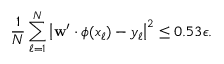
\frac { 1 } { N } \sum _ { \ell = 1 } ^ { N } \left| \mathbf { w } ^ { \prime } \cdot \phi ( x _ { \ell } ) - y _ { \ell } \right| ^ { 2 } \leq 0 . 5 3 \epsilon .